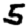
Digit: 5